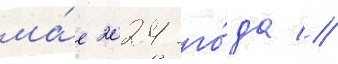
ма́е 2024 го́да //